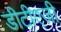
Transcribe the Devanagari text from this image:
डीटीएजी